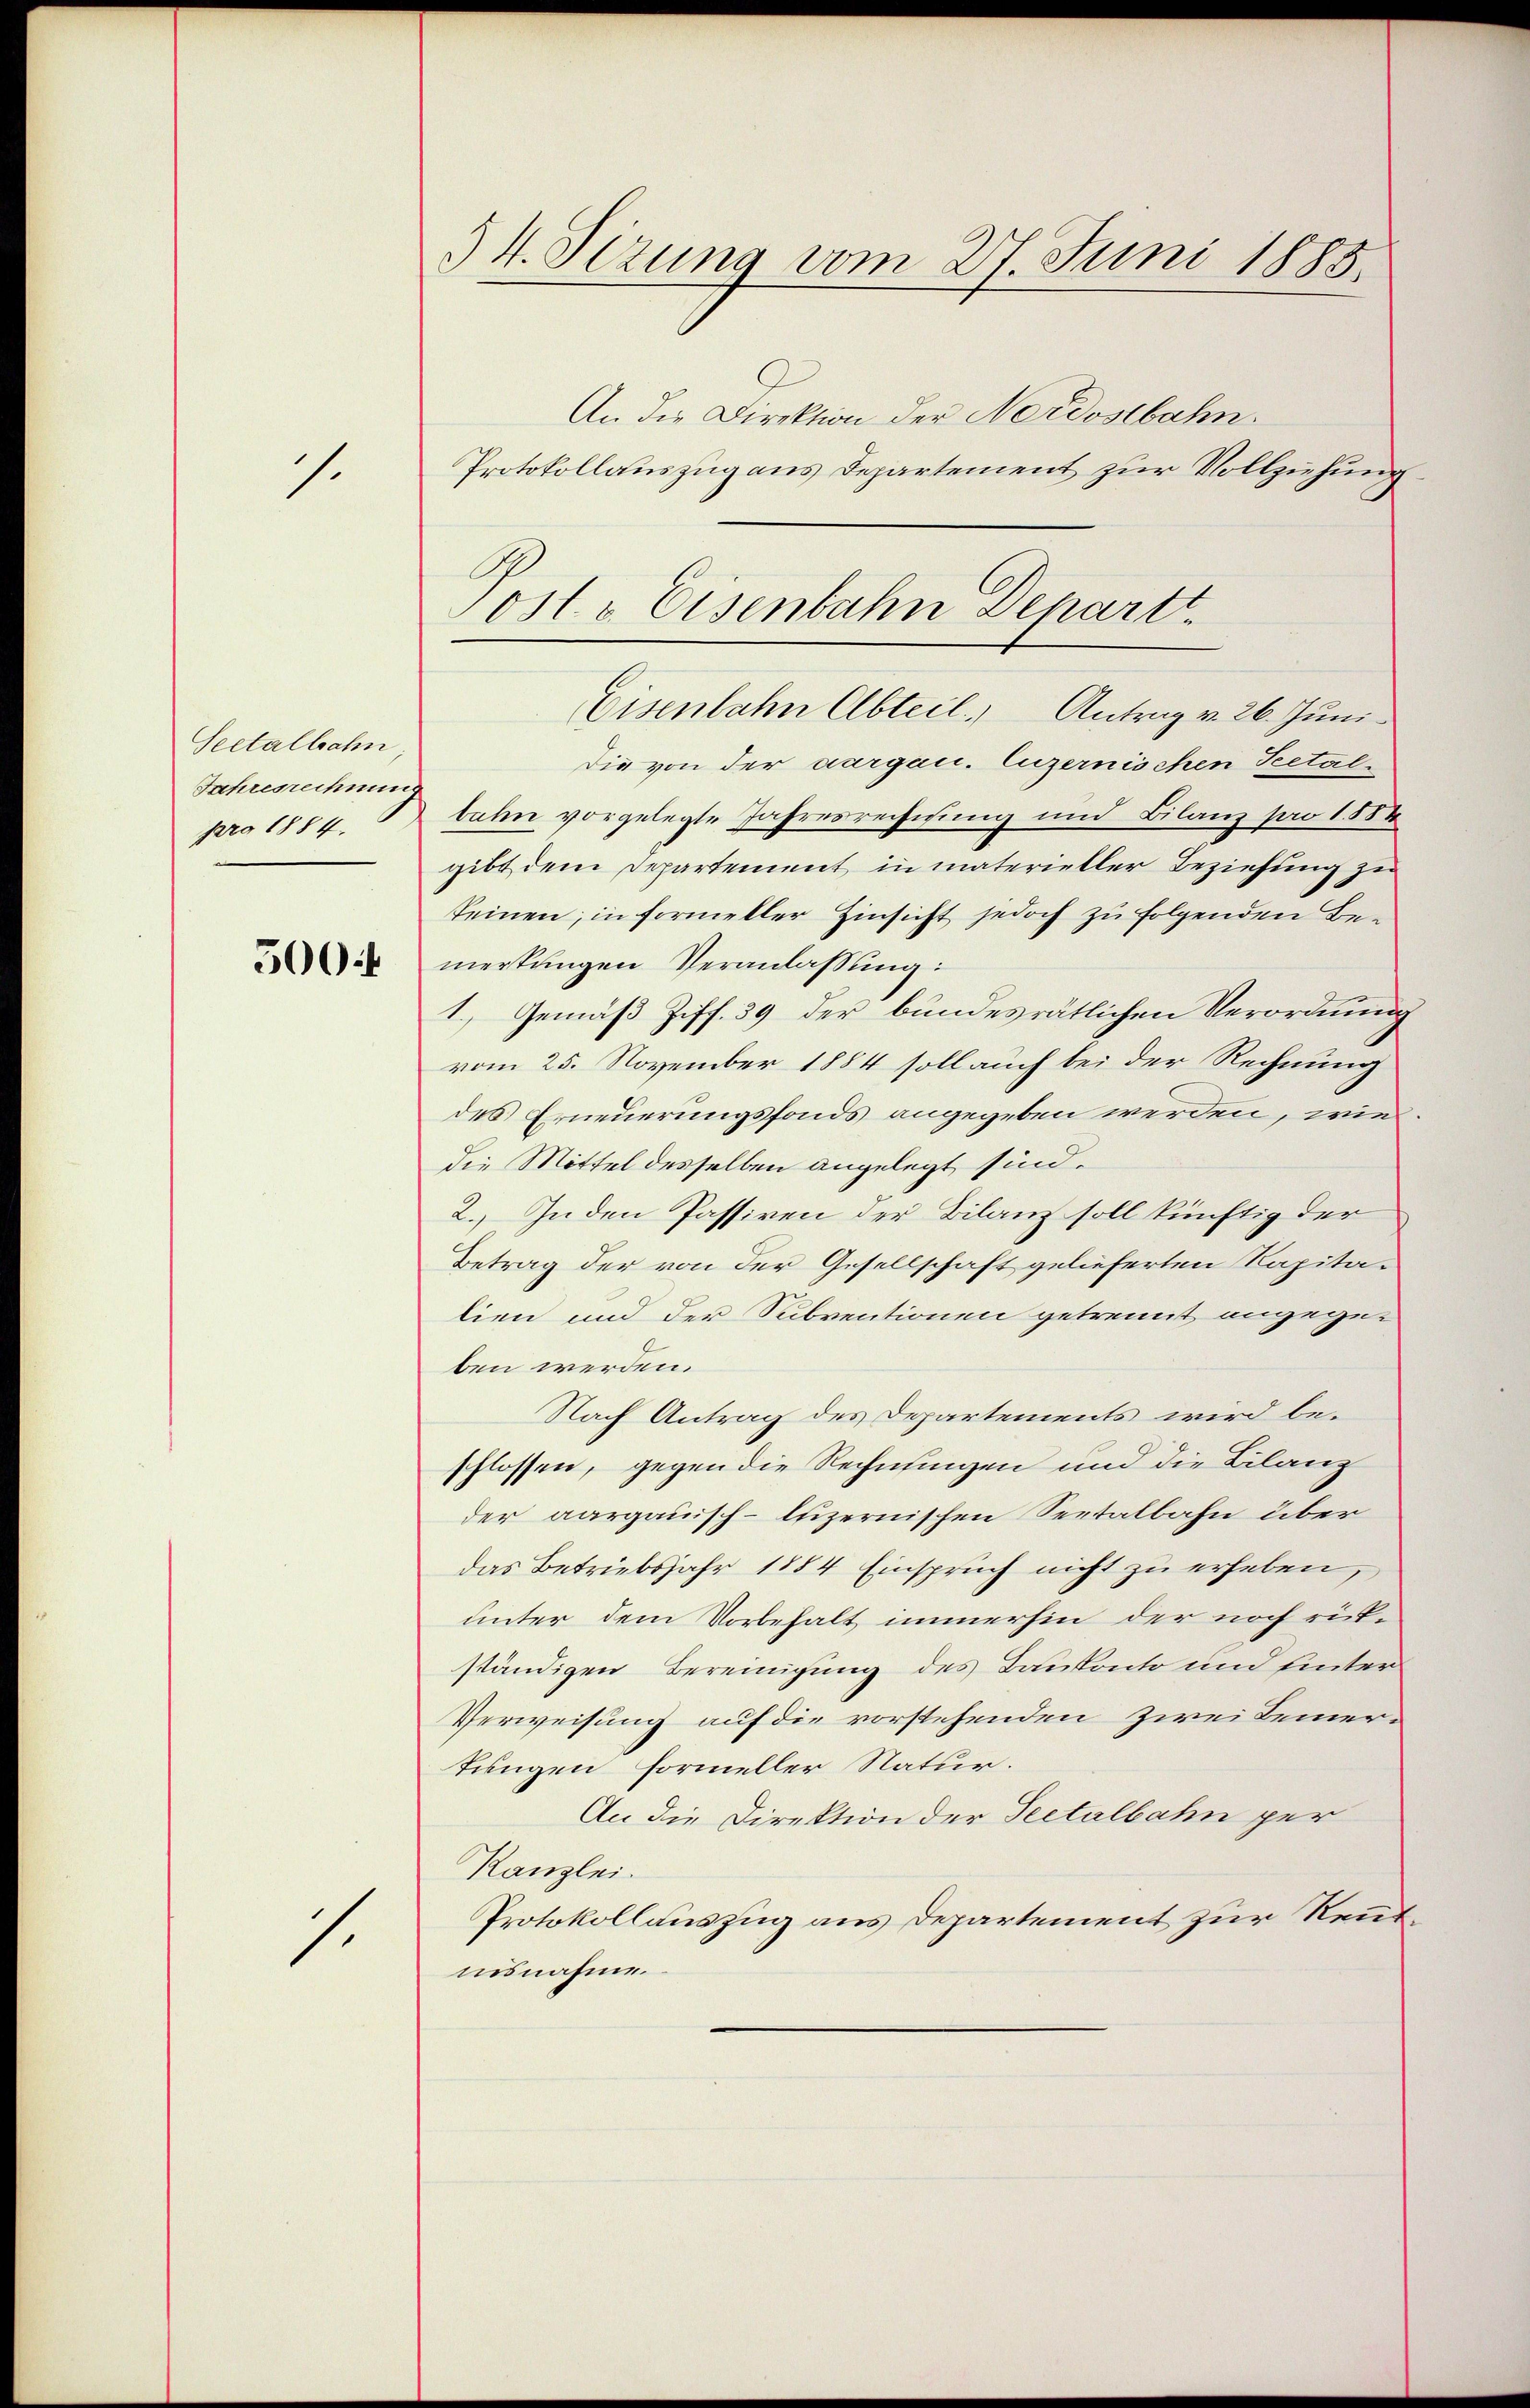
1

Seetalbahn
Jahresrechnung
pro 1884.

500f

s.

54. Sizung vom 27. Juni 1885.
An die Direktion der Nordostbahn
Protokollauszug aus Departement zur Vollziehung

Eisenbahn Abteil. Antrag v. 26. Juni
Die von der aargau. luzernischen Seetal-
bahn vorgelegte Jahresrechisung und Bilanz pro 188
gibt dem Departement in materieller Beziehung zu
keinen, in Formeller Hinsicht jedoch zu folgenden Bemerkungen Veranlassung:
1.) Gemäß Ziff. 39 der bundesrätlichen Verordnung
vom 25. November 1884 soll auch bei der Rechnung
des Erneuerungsfonds angegeben werden, wie
die Mittel desselben angelegt sind.
2. In den Passiven der Bilanz soll künftig der
Betrag der von der Gesellschaft gelieferten Kapitalien und der Subventionen getrennt angegeben werden.
Nach Antrag des Departements wird beschlossen, gegen die Rechnungen und die Bilanz
der aargauisch-luzernischen Seetalbahn über
das Betriebsjahr 1884 Einspruch nicht zu erheben,
unter dem Vorbehalt immerhin der noch rückständigen Bereinigung des Bankonto und hinter
Verweisung auf die vorstehenden Zwei Bemertungen formeller Natur.
An die Direktion der Seetalbahn per
Kanzlei.
Protokollauszug aus Departement zur Renntisnahme.

Sostr Eisenbahn Departt.